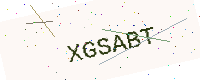
Text: XGSABT